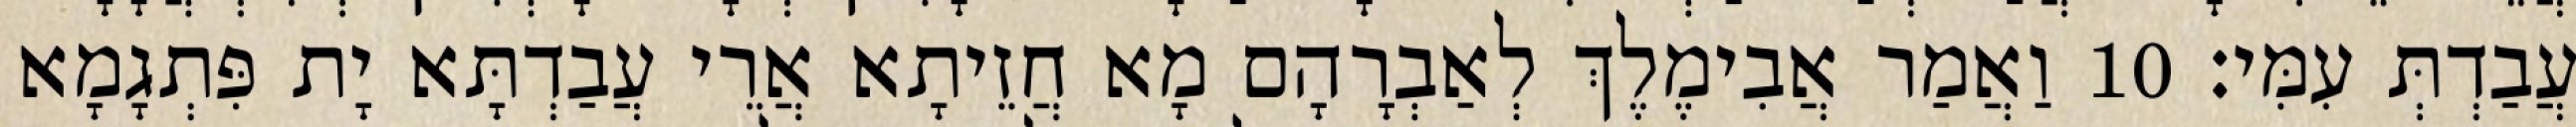
עֲבַדְתְּ עִמִּי׃ 10 וַאֲמַר אֲבִימֶלֶךְ לְאַבְרָהָם מָא חֲזֵיתָא אֲרֵי עֲבַדְתָּא יָת פִּתְגָמָא